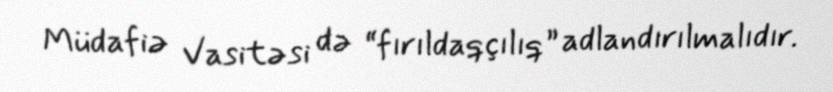
Müdafiə Vasitəsi də “fırıldaqçılıq” adlandırılmalıdır.